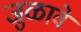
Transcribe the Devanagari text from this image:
जुळावे